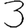
Digit: 3